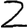
Digit: 2